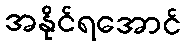
အနိုင်ရအောင်